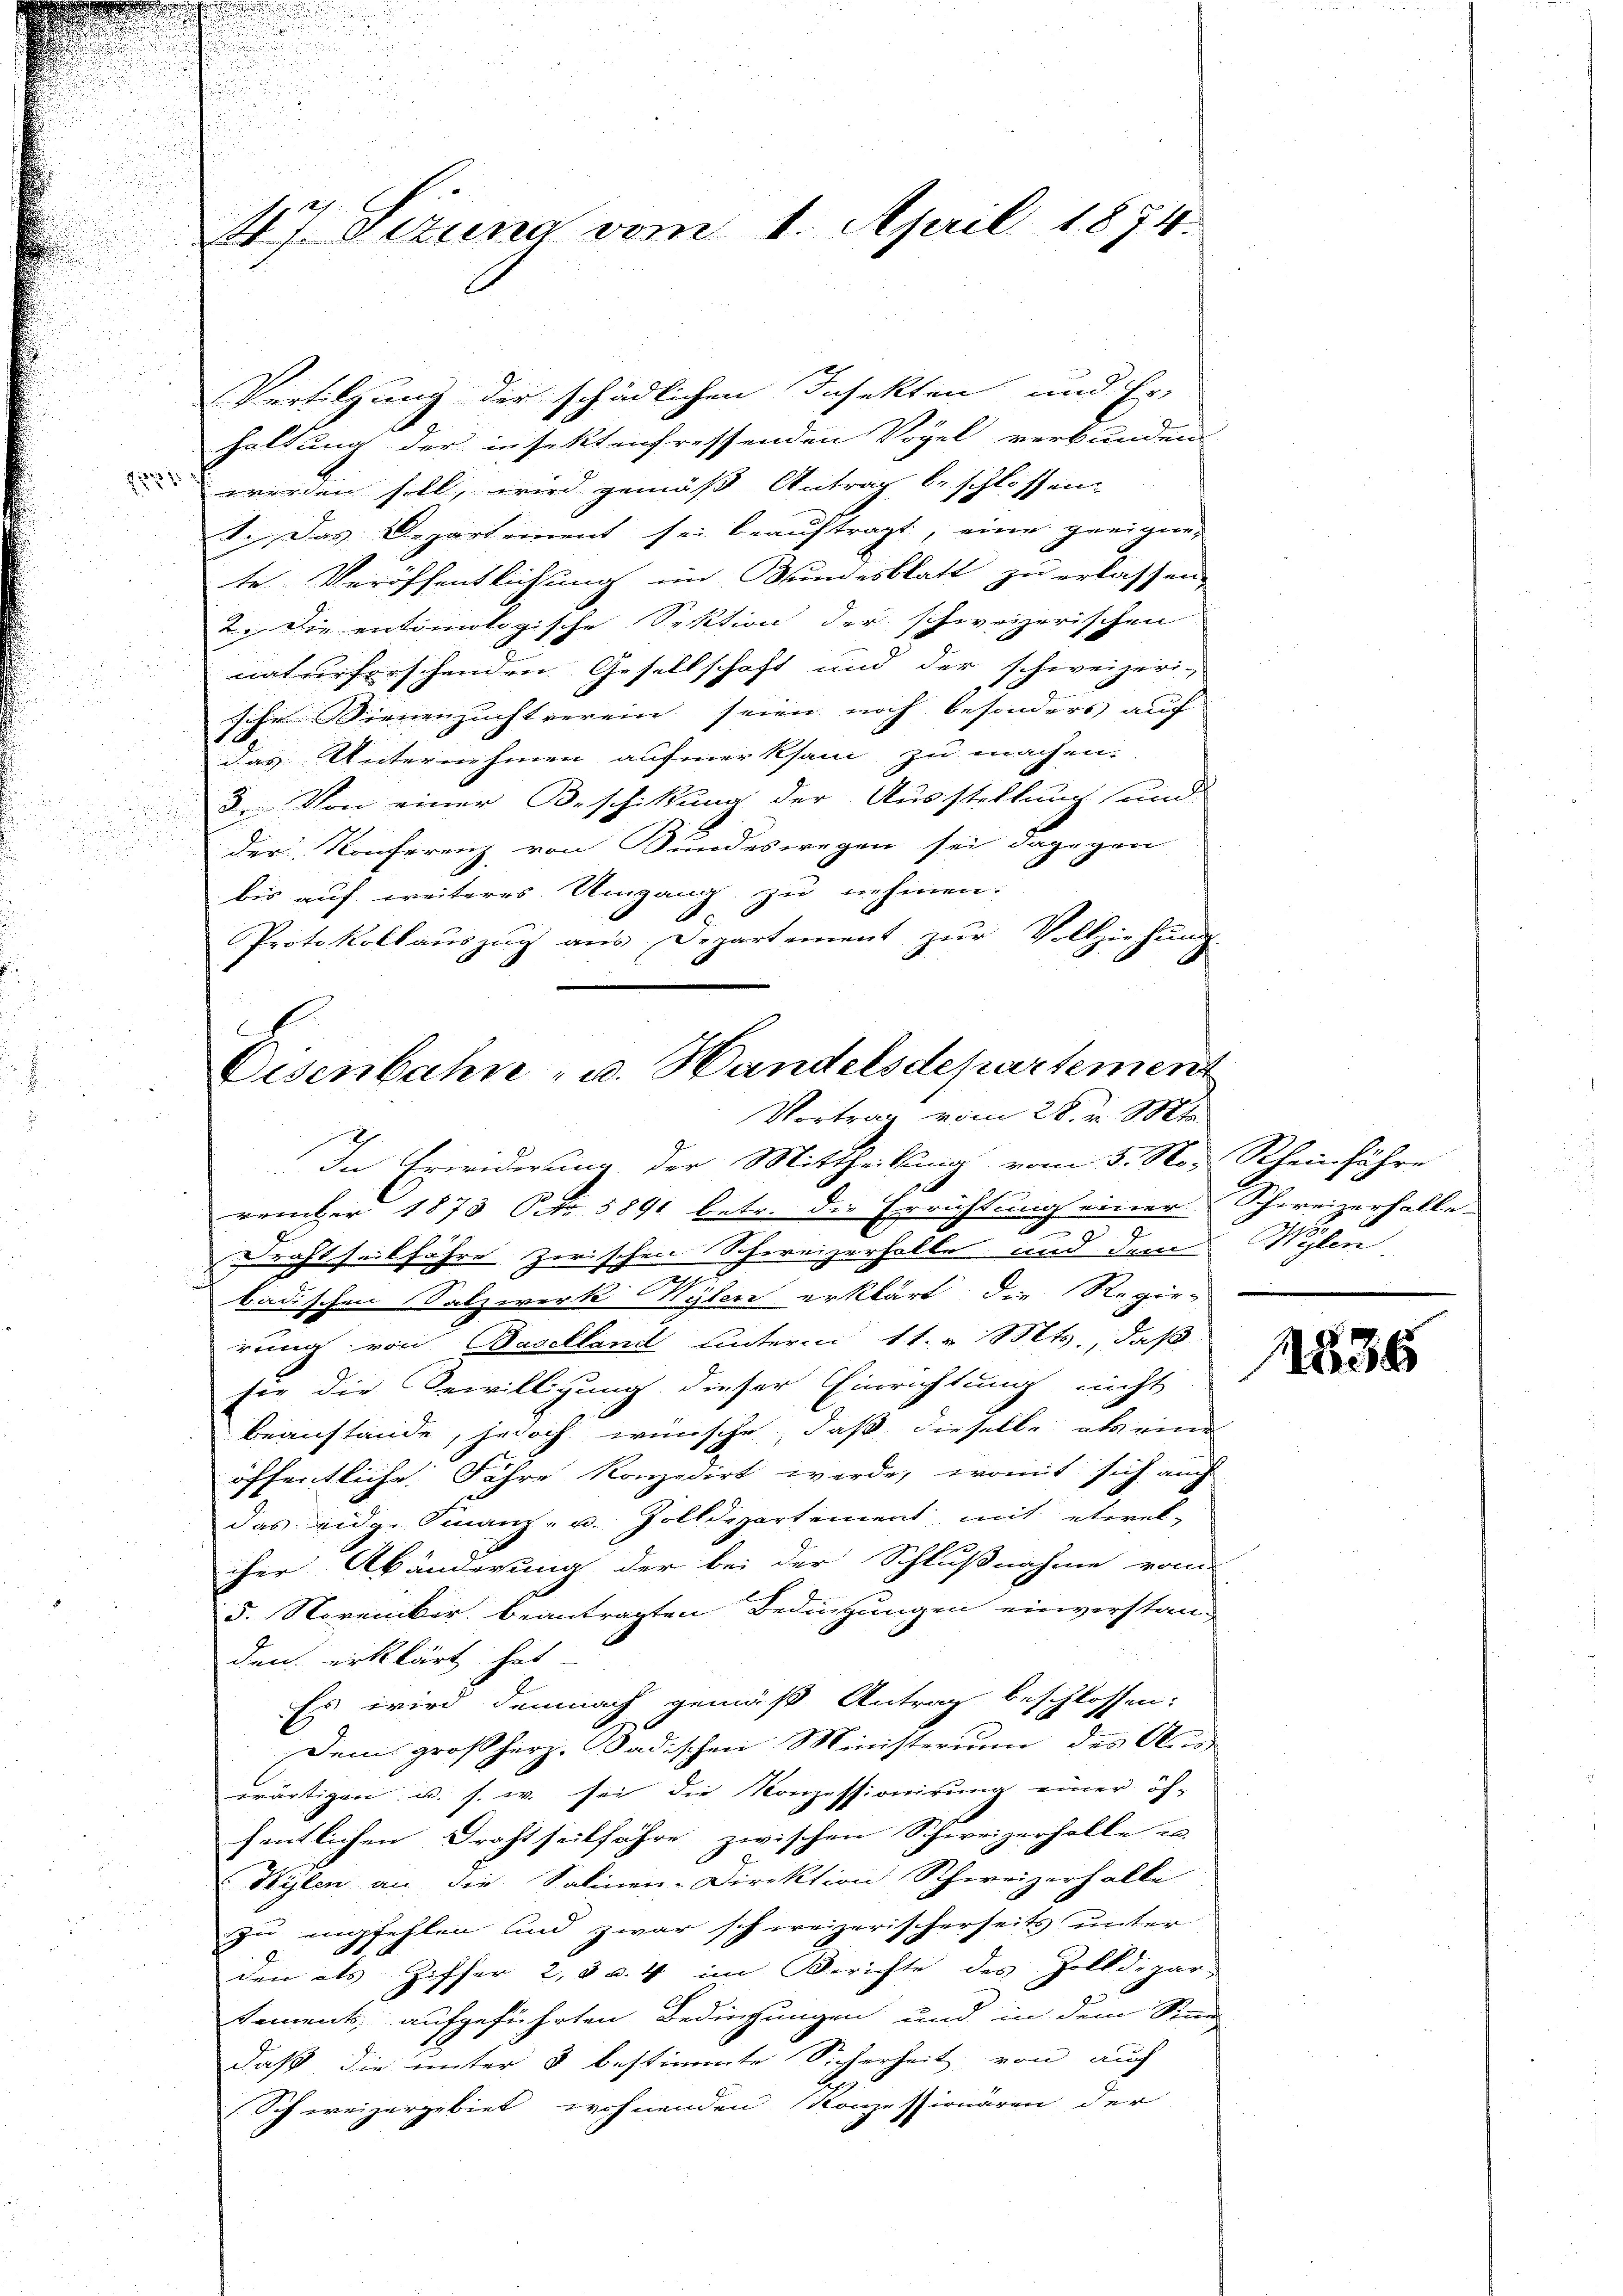
u

47 Sitzung vom 1. April 1874.

Vertilgung der schädlichen Insekten und Er-
haltung der infektenfressenden Vogel verbunden
werden soll, wird gemäß Antrag beschlossen:
1., Das Departement sei beauftragt, eine geeigne-
te Veröffentlichung im Bundesblatt zu erlassen,
2. Die entiunlogische Sektion der schweizerischen
naturforschenden Gesellschaft und der schweizeri-
u
sche Sienenzuchtverein seien noch besonders auf
er
25
das Unternehmen aufmerksam zu machen.
i
3. Von einer Beschikung der Ausstellung und

der Konferenz von Bundeswegen sei dagegen
.
bis auf weiteres Umgang zu nehmen.
Protokollauszug aus Departement zŭr Vollziehung.
In Erwiderung der Mittheilung vom 5. No. Rheinführe
.
vember 1873 Oct. 5891 betr. die Errichtung einer Schweizerhalle-
9
Drahtseit führe zwischen Schweizerholte und dem
n
badischen Salzwerk Wylen erklärt die Regie-
rung von Baselland unterm 11. v. Mts., daß
ser die Bewilligung dieser Einrichtung nicht
beanstände, jedoch wünsche, daß dieselbe als eine
öffentliche Fähre konzedirt werde, womit sich auch
das eidg. Finanz- u. Zolldepartement mit etwas
iher Abänderung der bei der Schlußnahme vom
5. November beantragten Bedingungen einverstan-
den erklärt hat
Es wird demnach gemäß Antrag beschlossen:
Dem großherz. Badischen Ministerium des Aus-
wärtigen u. s. w. sei die Konzessionirung einer öf-
fentlichen Drahtseitfahre zwischen Schweizerholte u
Wylen an die Salinen-Direktion Schweizerhalle
2
zu empfehlen und zwar schweizerischerseits unter
.
:
den als Ziffer 2, 3 u. 4 im Berichte des Zolldepar-
Sement, aufgeführten Bedingungen und in dem Stad
daß die unter 5 bestimmte Sicherheit von auch
Schweizergebiet wohnenden Konzessionären der

C
Eisenbahre - u. Handelsdepartement
Vortrag vom 28. v. Mts.

Wehlen

s

1536